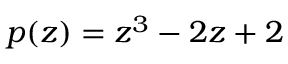
p ( z ) = z ^ { 3 } - 2 z + 2